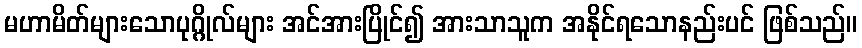
မဟာမိတ်များသောပုဂ္ဂိုလ်များ အင်အားပြိုင်၍ အားသာသူက အနိုင်ရသောနည်းပင် ဖြစ်သည်။